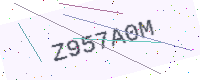
Text: Z957A0M